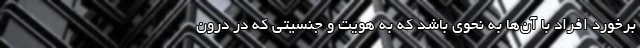
برخورد افراد با آن‌ها به نحوی باشد که به هویت و جنسیتی که در درون